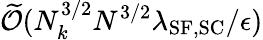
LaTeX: \widetilde{\mathcal{O}}(N_{k}^{3/2}N^{3/2}\lambda_{\mathrm{SF},\mathrm{SC}}/\epsilon)